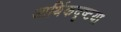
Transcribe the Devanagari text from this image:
आर्थिकदृष्टया